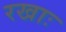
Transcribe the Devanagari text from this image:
रखाः